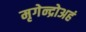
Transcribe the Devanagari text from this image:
मृगेन्द्रोअहं